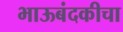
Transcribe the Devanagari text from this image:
भाऊबंदकीचा